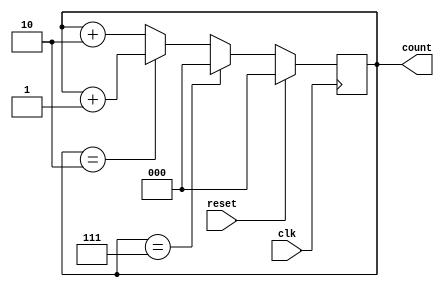
module primecounter(
	input clk,
	input reset,
	output [2:0] count
    );

reg [2:0] count;

always @ (posedge(clk))

begin
if(reset == 1'b1)
	count <= 3'b000;
else if (count == 3'b111)
	count <= 3'b000;
else if (count == 3'b010)
	count <= count + 1;
else
	count <= count + 2;
end

endmodule